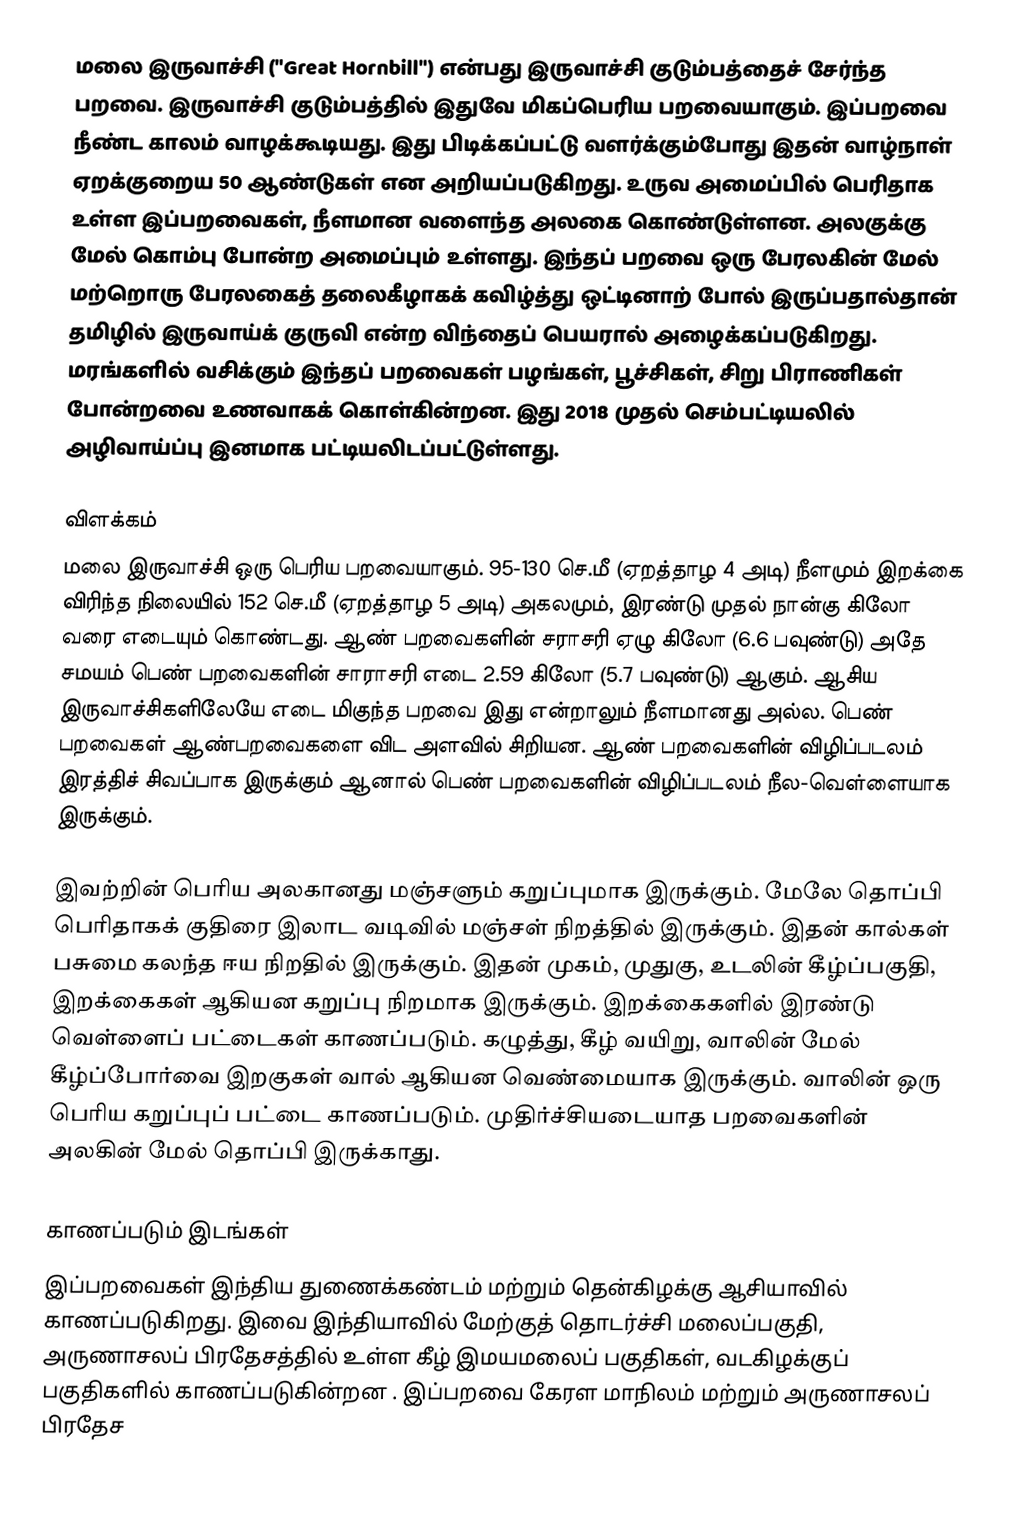
மலை இருவாச்சி ("Great Hornbill") என்பது இருவாச்சி குடும்பத்தைச் சேர்ந்த பறவை. இருவாச்சி குடும்பத்தில் இதுவே மிகப்பெரிய பறவையாகும். இப்பறவை நீண்ட காலம் வாழக்கூடியது. இது பிடிக்கப்பட்டு வளர்க்கும்போது இதன் வாழ்நாள் ஏறக்குறைய 50 ஆண்டுகள் என அறியப்படுகிறது. உருவ அமைப்பில் பெரிதாக உள்ள இப்பறவைகள், நீளமான வளைந்த அலகை கொண்டுள்ளன. அலகுக்கு மேல் கொம்பு போன்ற அமைப்பும் உள்ளது. இந்தப் பறவை ஒரு பேரலகின் மேல் மற்றொரு பேரலகைத் தலைகீழாகக் கவிழ்த்து ஒட்டினாற் போல் இருப்பதால்தான் தமிழில் இருவாய்க் குருவி என்ற விந்தைப் பெயரால் அழைக்கப்படுகிறது. மரங்களில் வசிக்கும் இந்தப் பறவைகள் பழங்கள், பூச்சிகள், சிறு பிராணிகள் போன்றவை உணவாகக் கொள்கின்றன. இது 2018 முதல் செம்பட்டியலில் அழிவாய்ப்பு இனமாக பட்டியலிடப்பட்டுள்ளது.

விளக்கம்
மலை இருவாச்சி ஒரு பெரிய பறவையாகும். 95-130 செ.மீ (ஏறத்தாழ 4 அடி) நீளமும் இறக்கை விரிந்த நிலையில் 152 செ.மீ (ஏறத்தாழ 5 அடி) அகலமும், இரண்டு முதல் நான்கு கிலோ வரை எடையும் கொண்டது.  ஆண் பறவைகளின் சராசரி ஏழு கிலோ (6.6 பவுண்டு) அதே சமயம் பெண் பறவைகளின் சாராசரி எடை 2.59 கிலோ (5.7 பவுண்டு) ஆகும். ஆசிய இருவாச்சிகளிலேயே எடை மிகுந்த பறவை இது என்றாலும் நீளமானது அல்ல. பெண் பறவைகள் ஆண்பறவைகளை விட அளவில் சிறியன. ஆண் பறவைகளின் விழிப்படலம் இரத்திச் சிவப்பாக இருக்கும் ஆனால் பெண் பறவைகளின் விழிப்படலம் நீல-வெள்ளையாக இருக்கும்.

இவற்றின் பெரிய அலகானது மஞ்சளும் கறுப்புமாக இருக்கும். மேலே தொப்பி பெரிதாகக் குதிரை இலாட வடிவில் மஞ்சள் நிறத்தில் இருக்கும். இதன் கால்கள் பசுமை கலந்த ஈய நிறதில் இருக்கும். இதன் முகம், முதுகு, உடலின் கீழ்ப்பகுதி, இறக்கைகள் ஆகியன கறுப்பு நிறமாக இருக்கும். இறக்கைகளில் இரண்டு வெள்ளைப் பட்டைகள் காணப்படும். கழுத்து, கீழ் வயிறு, வாலின் மேல் கீழ்ப்போர்வை இறகுகள் வால் ஆகியன வெண்மையாக இருக்கும். வாலின் ஒரு பெரிய கறுப்புப் பட்டை காணப்படும். முதிர்ச்சியடையாத பறவைகளின் அலகின் மேல் தொப்பி இருக்காது.

காணப்படும் இடங்கள்
இப்பறவைகள் இந்திய துணைக்கண்டம் மற்றும் தென்கிழக்கு ஆசியாவில் காணப்படுகிறது. இவை இந்தியாவில் மேற்குத் தொடர்ச்சி மலைப்பகுதி, அருணாசலப் பிரதேசத்தில் உள்ள கீழ் இமயமலைப் பகுதிகள், வடகிழக்குப் பகுதிகளில் காணப்படுகின்றன . இப்பறவை கேரள மாநிலம் மற்றும் அருணாசலப் பிரதேச